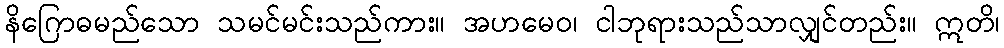
နိဂြောဓမည်သော သမင်မင်းသည်ကား။ အဟမေဝ၊ ငါဘုရားသည်သာလျှင်တည်း။ ဣတိ၊